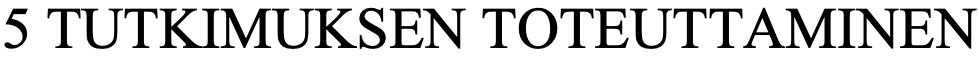
5 TUTKIMUKSEN  TOTEUTTAMINEN